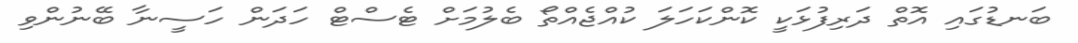
ބަނޑުގައި އޮތް ދަރިފުޅަކީ ކޮންކަހަލަ ކުއްޖެއްތޯ ބެލުމަށް ޓެސްޓް ހަދަން ހަސީނާ ބޭނުންވި